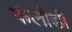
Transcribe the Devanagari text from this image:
फलोडी